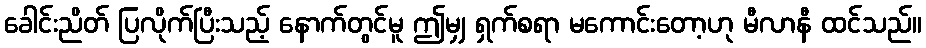
ခေါင်းညိတ် ပြလိုက်ပြီးသည့် နောက်တွင်မူ ဤမျှ ရှက်စရာ မကောင်းတော့ဟု မီလာနီ ထင်သည်။